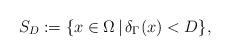
LaTeX: \begin{align*}S_{D}:= \{x \in \Omega\,|\, \delta_\Gamma(x) < D\}, \end{align*}